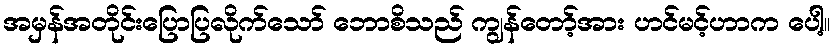
အမှန်အတိုင်းပြောပြလိုက်သော် ဘောစိသည် ကျွန်တော့်အား ဟင်မင့်ဟာက ပေါ့။